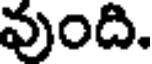
వుంది.